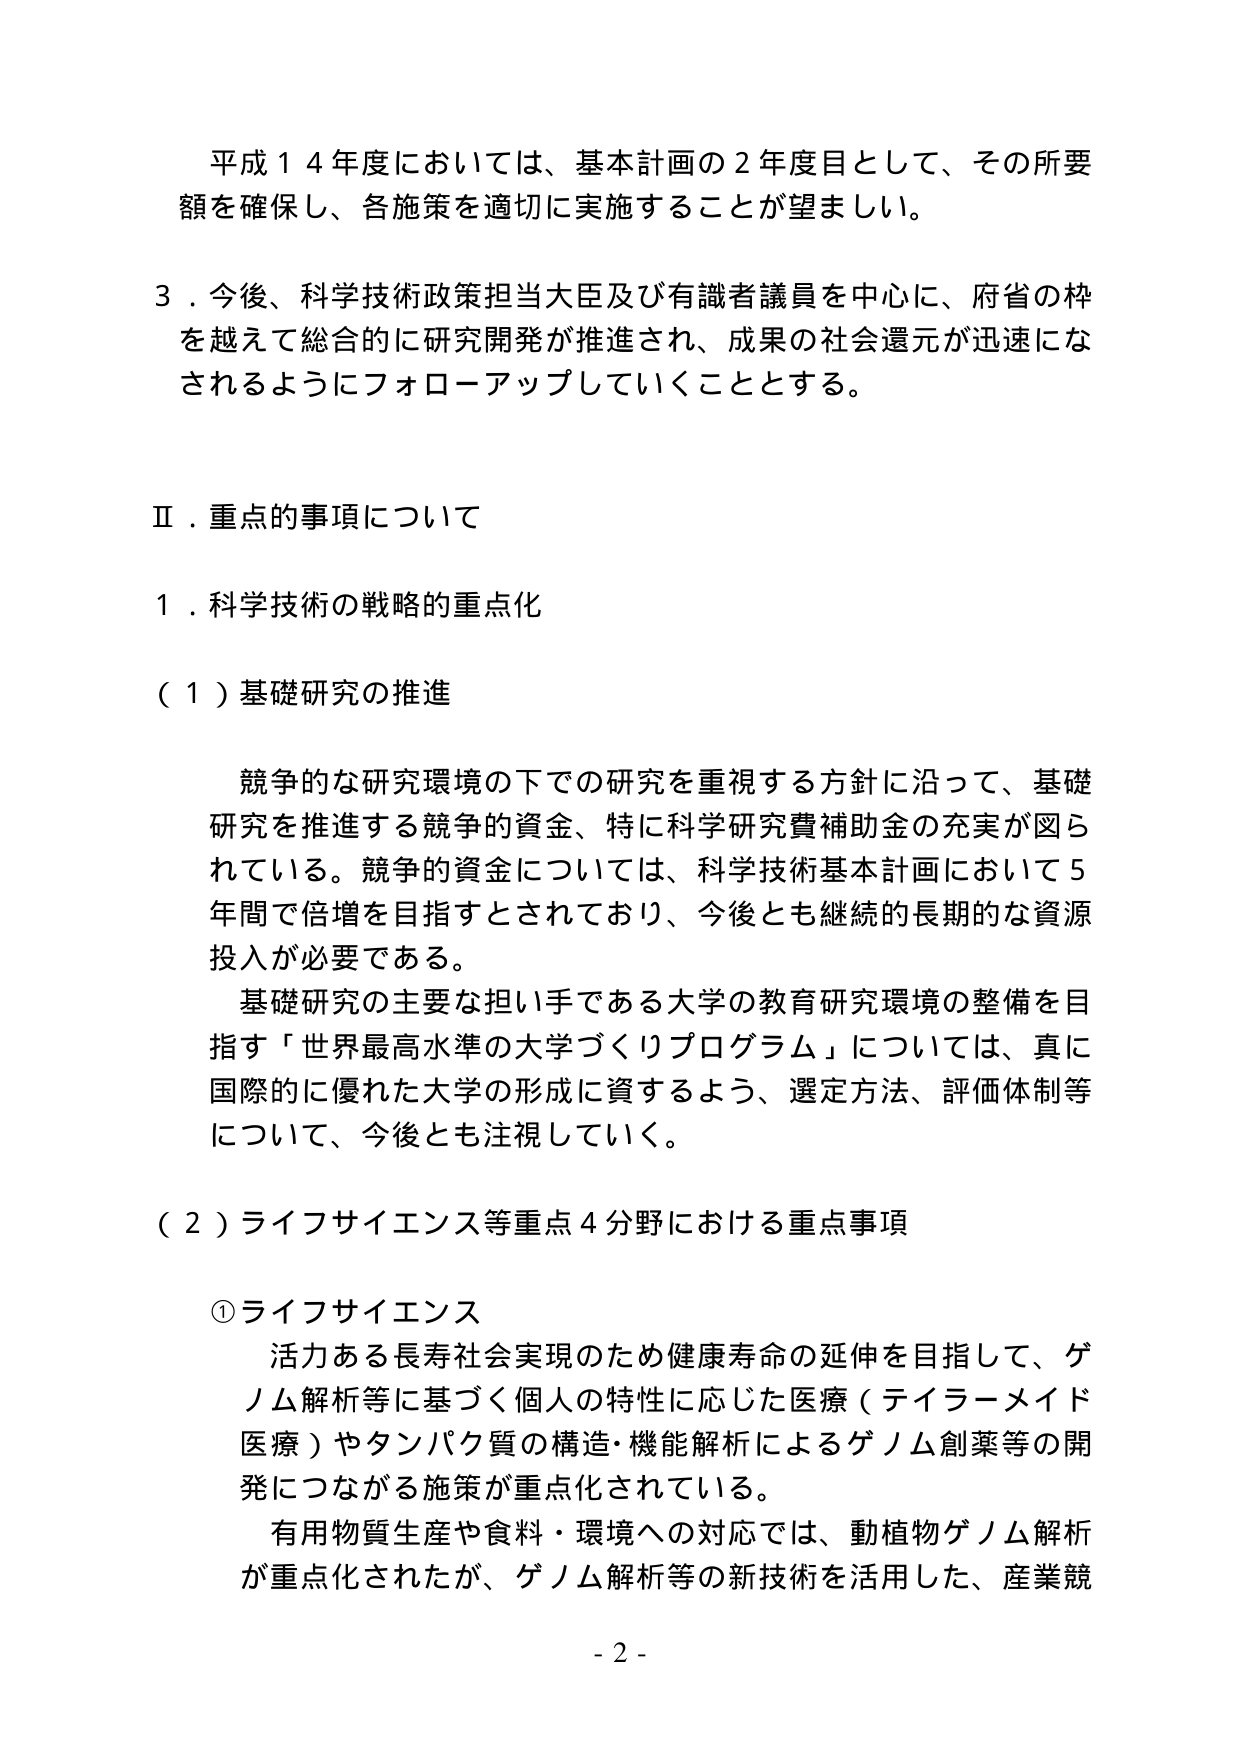
平成１４年度においては、基本計画の２年度目として、その所要額を確保し、各施策を適切に実施することが望ましい。

３．今後、科学技術政策担当大臣及び有識者議員を中心に、府省の枠を越えて総合的に研究開発が推進され、成果の社会還元が迅速になされるようにフォローアップしていくこととする。

Ⅱ．重点的事項について

１．科学技術の戦略的重点化

（１）基礎研究の推進

　競争的な研究環境の下での研究を重視する方針に沿って、基礎研究を推進する競争的資金、特に科学研究費補助金の充実が図られている。競争的資金については、科学技術基本計画において５年間で倍増を目指すとされており、今後とも継続的長期的な資源投入が必要である。

　基礎研究の主要な担い手である大学の教育研究環境の整備を目指す「世界最高水準の大学づくりプログラム」については、真に国際的に優れた大学の形成に資するよう、選定方法、評価体制等について、今後とも注視していく。

（２）ライフサイエンス等重点４分野における重点事項

　①ライフサイエンス

　　活力ある長寿社会実現のため健康寿命の延伸を目指して、ゲノム解析等に基づく個人の特性に応じた医療（テイラーメイド医療）やタンパク質の構造・機能解析によるゲノム創薬等の開発につながる施策が重点化されている。

　　有用物質生産や食料・環境への対応では、動植物ゲノム解析が重点化されたが、ゲノム解析等の新技術を活用した、産業競

- 2 -